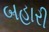
બહારી